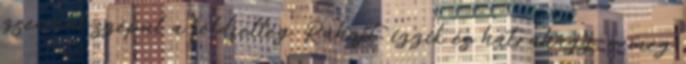
zsendül-szépül a földfelleg. Ráhajt, izzik és hátrahagy, a még